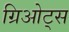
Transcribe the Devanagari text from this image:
ग्रिओट्स